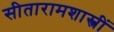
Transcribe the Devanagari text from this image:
सीतारामशास्त्रीं